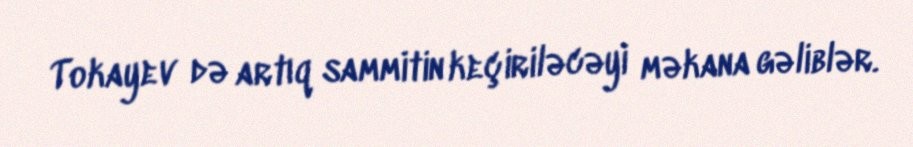
Tokayev də artıq sammitin keçiriləcəyi məkana gəliblər.